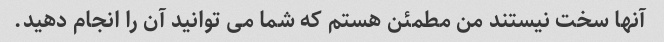
آنها سخت نیستند من مطمئن هستم که شما می توانید آن را انجام دهید.